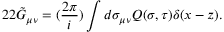
2 2 \tilde { G } _ { \mu \nu } = ( \frac { 2 \pi } { i } ) \int d \sigma _ { \mu \nu } Q ( \sigma , \tau ) \delta ( x - z ) .